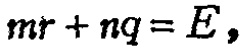
\(mr + nq = E,\)